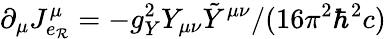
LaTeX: \partial_{\mu}J_{e_{\mathcal{R}}}^{\mu}=-g_{Y}^{2}Y_{\mu\nu}\tilde{{Y}}^{\mu\nu}/(16\pi^{2}\hbar^{2}c)